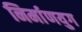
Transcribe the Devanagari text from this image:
निर्माणयुग